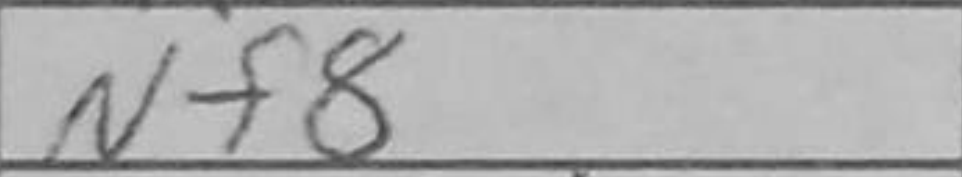
Transcription: Nf8